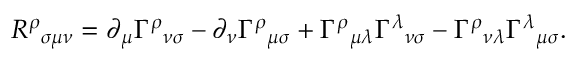
{ R ^ { \rho } } _ { \sigma \mu \nu } = \partial _ { \mu } \Gamma ^ { \rho } { } _ { \nu \sigma } - \partial _ { \nu } \Gamma ^ { \rho } { } _ { \mu \sigma } + \Gamma ^ { \rho } { } _ { \mu \lambda } \Gamma ^ { \lambda } { } _ { \nu \sigma } - \Gamma ^ { \rho } { } _ { \nu \lambda } \Gamma ^ { \lambda } { } _ { \mu \sigma } .